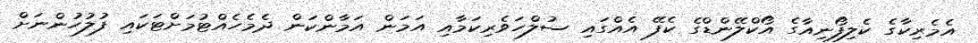
އެމެރިކާގެ ކެލިފޯނިއާގެ އޯކްލޭންޑްގެ ކެފޭ އެއްގައި ސުލްހަވެރިކަމާއި އަމަން އަމާންކަން ދެމެހެއްޓުމަށްޓަކައި ފުލުހުންނަށް